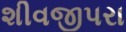
શીવજીપરા